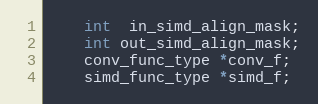
Language: C
    int  in_simd_align_mask;
    int out_simd_align_mask;
    conv_func_type *conv_f;
    simd_func_type *simd_f;